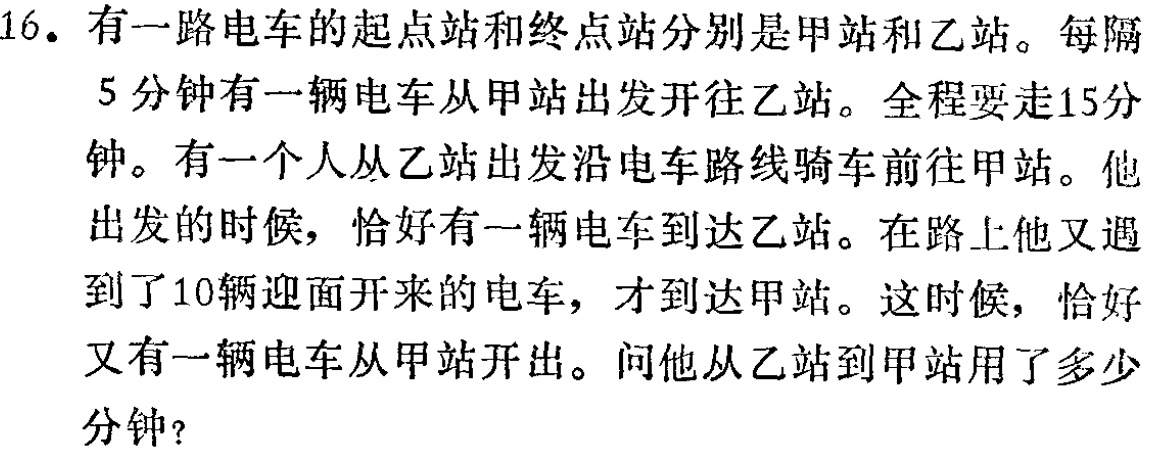
16. 有一路电车的起点站和终点站分别是甲站和乙站。每隔

5分钟有一辆电车从甲站出发开往乙站。全程要走15分

钟。有一个人从乙站出发沿电车路线骑车前往甲站。他

出发的时候，恰好有一辆电车到达乙站。在路上他又遇

到了10辆迎面开来的电车，才到达甲站。这时候，恰好

又有一辆电车从甲站开出。问他从乙站到甲站用了多少

分钟？